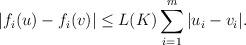
LaTeX: \begin{align*}|f_i(u)-f_i(v)|\leq L(K) \sum_{i=1}^{m}|u_i-v_i|.\end{align*}